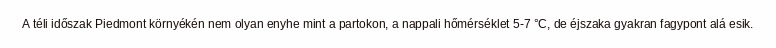
A téli időszak Piedmont környékén nem olyan enyhe mint a partokon, a nappali hőmérséklet 5-7 °C, de éjszaka gyakran fagypont alá esik.